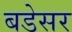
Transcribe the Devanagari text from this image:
बडेसर